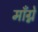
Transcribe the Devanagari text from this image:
माँग्ने